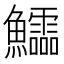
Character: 𱇉